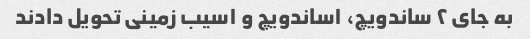
به جای ۲ ساندویچ، ۱ساندویچ و ۱سیب زمینی تحویل دادند